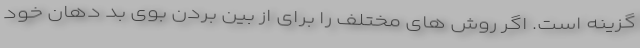
گزینه است. اگر روش های مختلف را برای از بین بردن بوی بد دهان خود